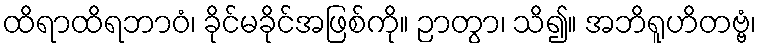
ထိရာထိရဘာဝံ၊ ခိုင်မခိုင်အဖြစ်ကို။ ဉာတွာ၊ သိ၍။ အဘိရူဟိတဗ္ဗံ၊